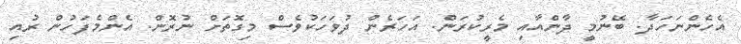
އެހެންނަހަދާ. ބޭނުމީ ދާންއާއި މެރީކުރަން. އަހަރެން ދުވަހަކުވެސް މިގޮތަށް ނުރޮން. އެންމެފަހުން ރުއި